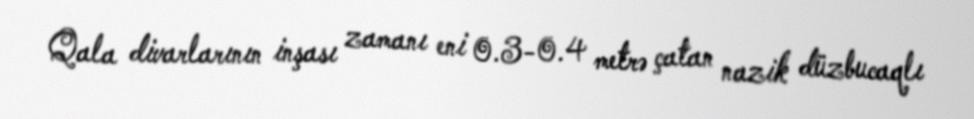
Qala divarlarının inşası zamanı eni 0.3-0.4 metrə çatan nazik düzbucaqlı